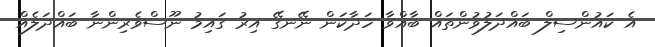
އެ ކައުންސިލް ބައްދަލުވުންތައް ބާއްވާ ހަދާކަން ނޭނގޭ އިރު ގައިމު ނޫސްވެރިންނާ ބައްދަލެއް